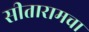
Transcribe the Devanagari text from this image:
सीतारामचा